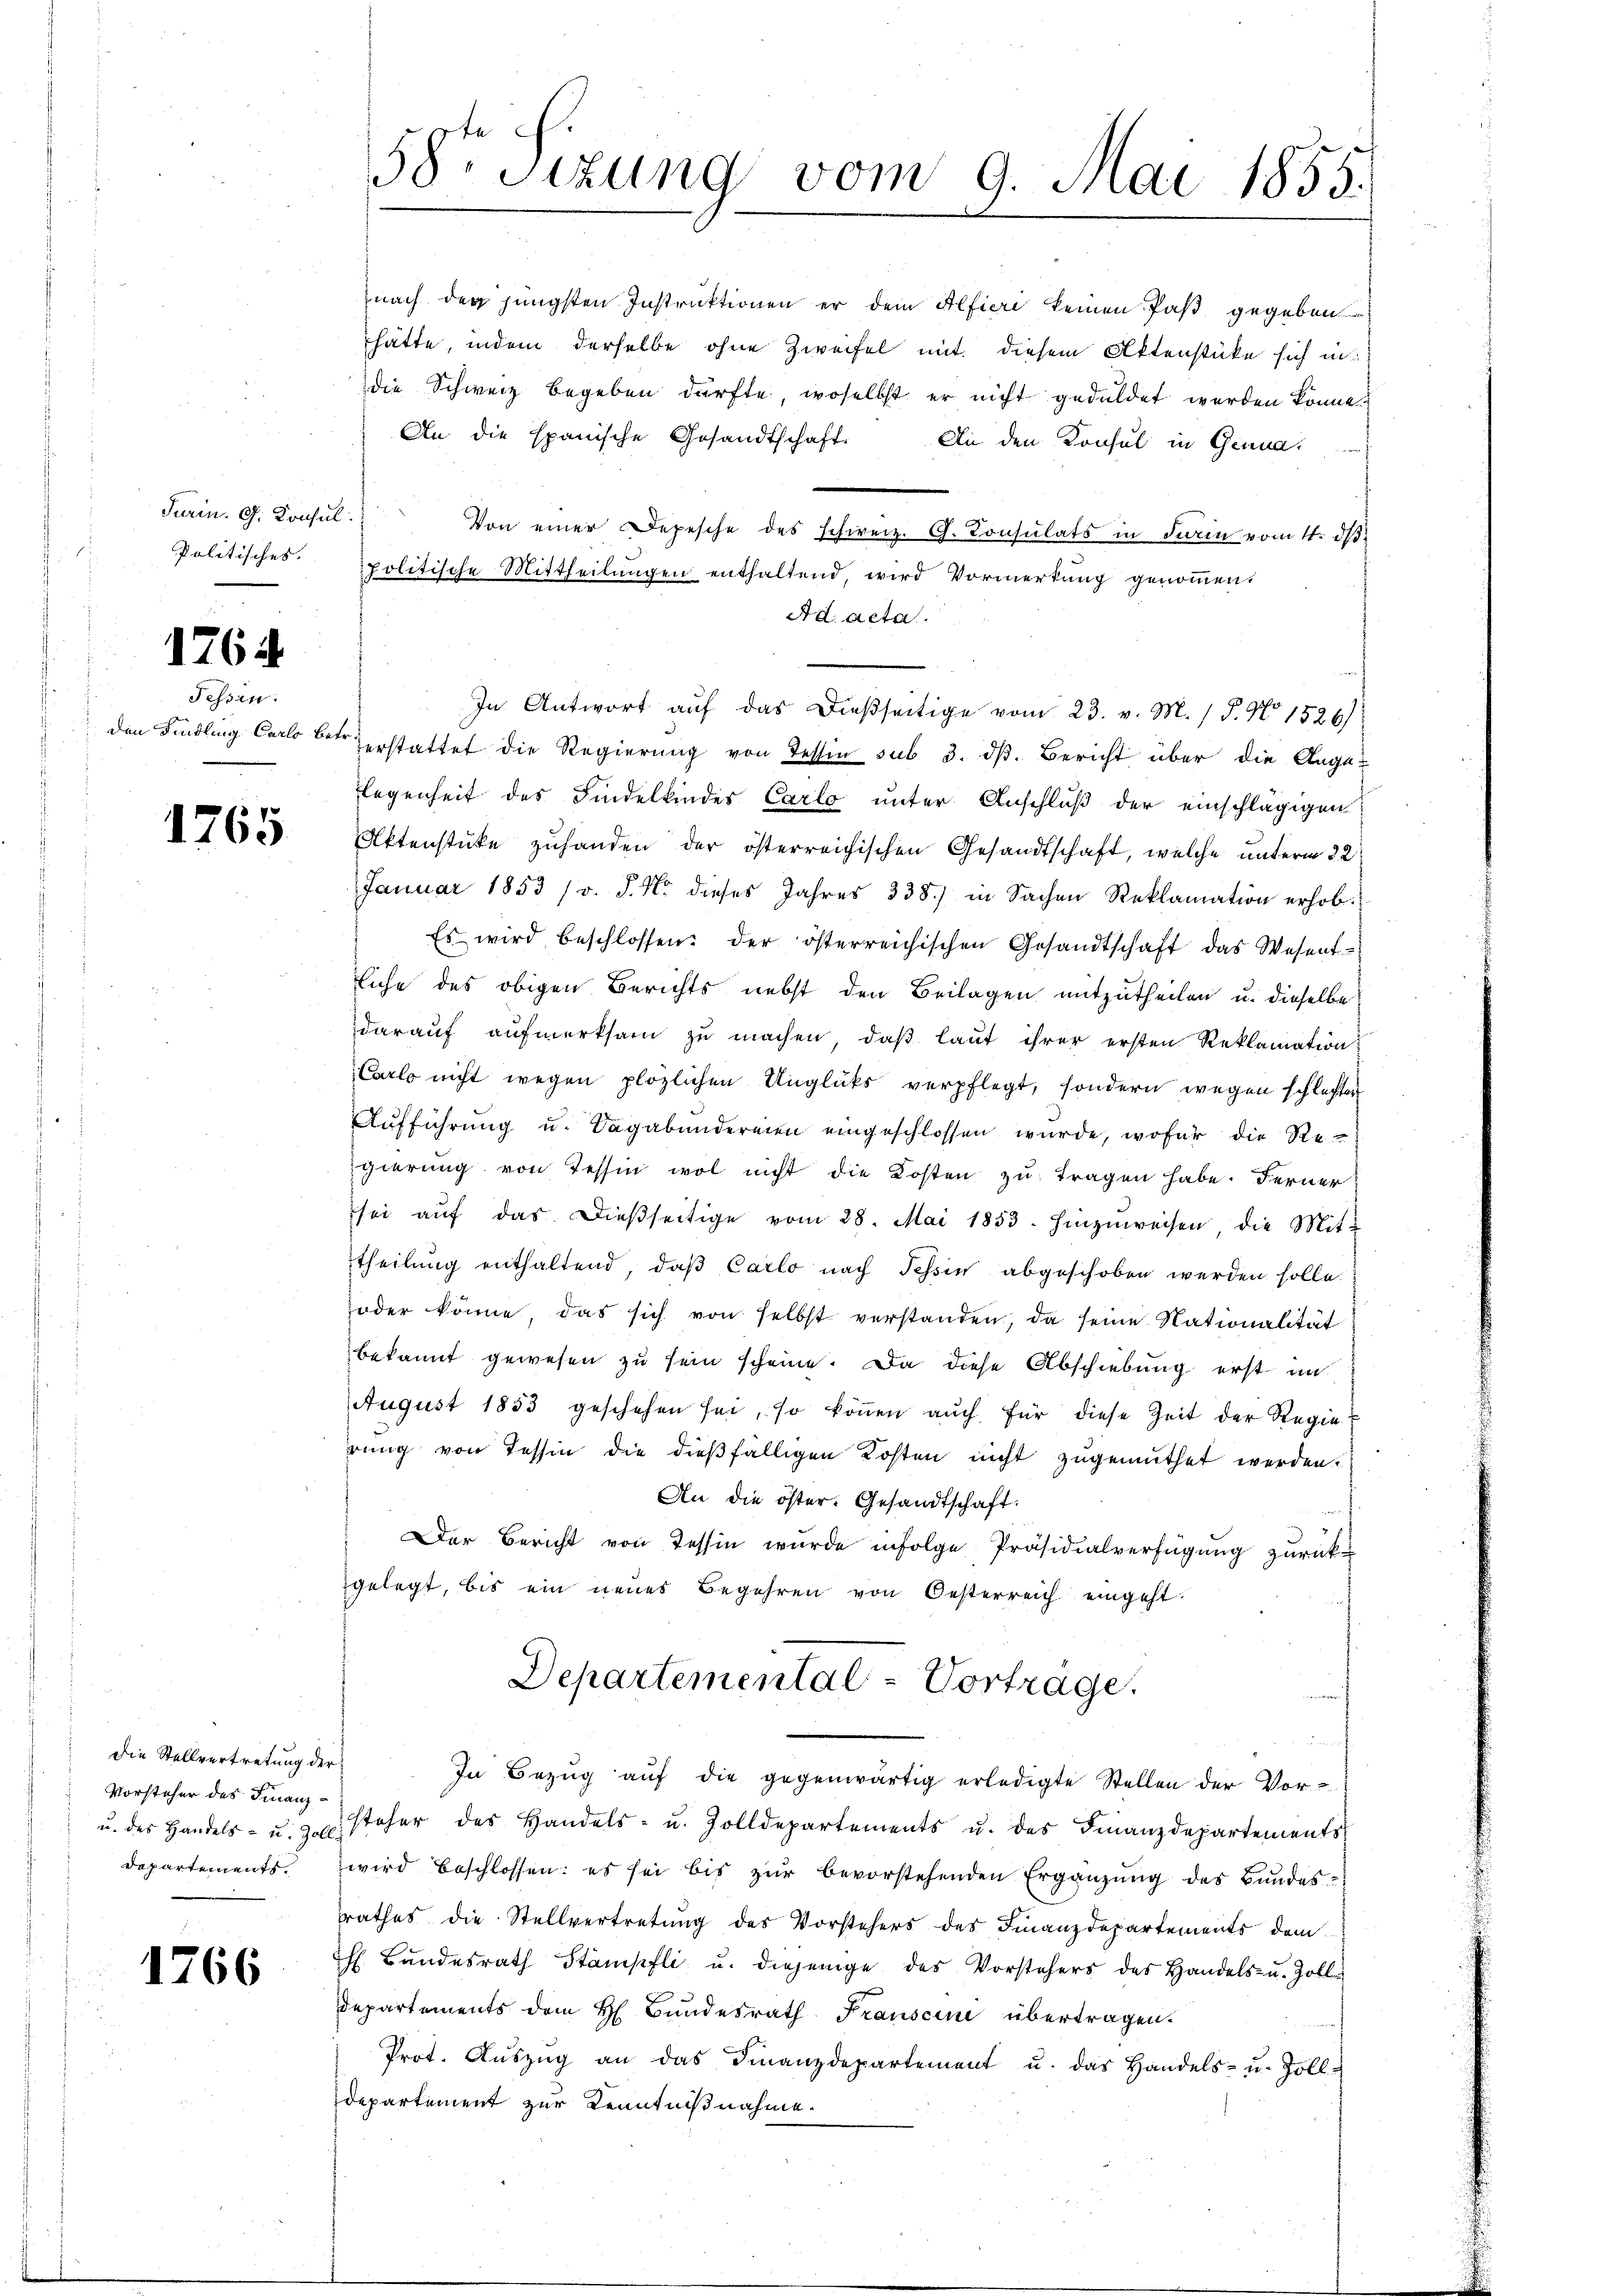
Turin. G. Konsul
Politisches.

1764

Tessin.

1765

Die Stellvertretung der
Vorsteher des Finanz¬
Departements.

1766

58te Sizung vom 9. Mai 1855.

nach der jüngsten Instruktionen er dem Alfieri keinen Paß gegeben
hätte, indem derselbe ohne Zweifel mit diesem Aktenstücke sich in
die Schweiz begeben dürfte, woselbst er nicht geduldet werden könne.
An die spanische Gesandtschaft. An den Konsul in Genua,
Von einer Depesche des schweiz. G. Consulats in darin vom 11. ds
politische Mittheilungen enthaltend, wird Vormerkung genommen,
Ad acta.
In Antwort auf das dießseitige vom 23. v. M. / P. No 1526)
den Findling Carlo der erstattet die Regierung von Tessin sub 3. dß. Bericht über die Ange-
legenheit des Findelkindes Carlo unter Anschluß der einschlägigen
Aktenstüke zuhanden der österreichischen Gesandtschaft, welche unterm 22.
Januar 1853 /r. P. Nr. dieses Jahres 338) in Sachen Reklamation erhob.
Es wird beschlossen: der österreichischen Gesandtschaft das Wesent-
liche des obigen Berichts nebst den Beilagen mitzutheilen u. dieselbe
darauf aufmerksam zu machen, daß laut ihrer ersten Reklamation:
Carlo nicht wegen plözlichen Unglüks verpflegt, sondern wegen schlaften
Aufführung u. Sagabundereien eingeschlossen wurde, wofür die Regierung von Tessin wol nicht die Kosten zu tragen habe. Ferner
sei aŭf das dieβseitige vom 28. Mai 1853 hinzuweisen, die Mit-
theilung enthaltend, daß Carlo nach Tessin abgeschoben werden solle.
oder könne, das sich von selbst verstanden, da seine Nationalität
bekannt gewesen zu sein scheine. Da diese Abschiebung erst im
August 1853 geschehen sei, so können aŭch für diese Zeit der Regierung von Tessin die dießfälligen Kosten nicht zugemuthet werden.
An die öster. Gesandtschaft.
Der Bericht von Tessin wurde infolge Präsidialverfügung zurückgelegt, bis ein neues Begehren von Oesterreich eingeht.
Departemental-Vorträge.
u vom 2
In Bezug auf die gegenwärtig erledigte Stellen der Vor-
u. des Handels- u. 3 steher des Handels- u. Zolldepartements u. des Finanzdepartements
wird beschlossen: es sei bis zur bevorstehenden Ergänzung des Bundesrathes die Stellvertretung des Vorstehers des Finanzdepartements dem
h. Bundesrath Stämpfli u. diejenige des Vorstehers des Handels- u. Zoll
Departements dem H. Bundesrath Franscie übertragen.
Prot. Aŭszŭg an das Finanzdepartement u. das Handels- u. Zoll-
departement zur Kenntnißnahme.